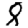
Digit: 8